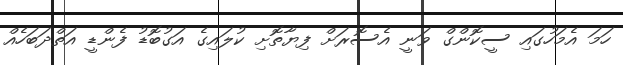
ހަމަ އެމަހުގައި ސީކޮންގް ވަނީ އެސޮރަށް ފިޔާތޮށި ކުލައިގެ އަގުބޮޑު ފެންޑީ އަތްދަބަހެއް